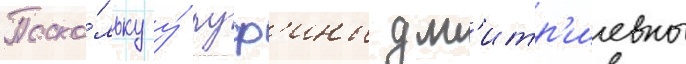
Поско́льку у́ руф'ины дм'итр'иевны